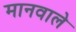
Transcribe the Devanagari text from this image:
मानवाले